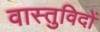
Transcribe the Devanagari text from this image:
वास्‍तुविदों